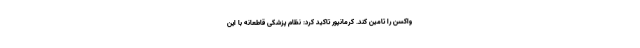
واکسن را تامین کند. کرمانپور تاکید کرد: نظام پزشکی قاطعانه با این